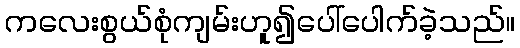
ကလေးစွယ်စုံကျမ်းဟူ၍ပေါ်ပေါက်ခဲ့သည်။